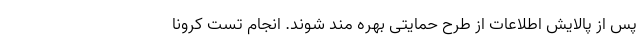
پس از پالایش اطلاعات از طرح حمایتی بهره مند شوند. انجام تست کرونا